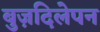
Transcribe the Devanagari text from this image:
बुज़दिलेपन